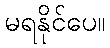
မရနိုင်ပေ။